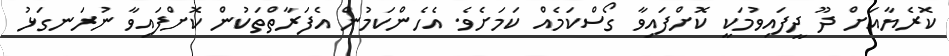
ކޮރެޔާއަށް ދޫ ދީފައިވުމަކީ ކޮށްފައިވާ ގޯސްކަމެއް ކަމަށެވެ. އެހެންކަމުން އެފަރާތްތަކުން ކޮށްފައިވާ ނުރަނގަޅު